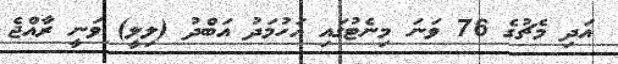
އަދި މެޗުގެ 76 ވަނަ މިނެޓުގައި އަހުމަދު އަބްދު (ލިލީ) ވަނީ ރާއްޖެ